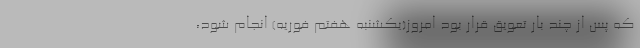
که پس از چند بار تعویق قرار بود امروز(یکشنبه هفتم فوریه) انجام شود،